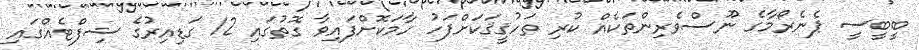
ބީބީސީ ޕެނެރޯމާގެ ނޫސްވެރިންތަކެއް ކުރި ތަހުޤީޤަކަށްފަހު ހާމަކޮށްފައިވާ ގޮތުގައި 12 ގަޑިއިރުގެ ޝިފްޓެއްގައި